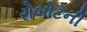
રોબોટની